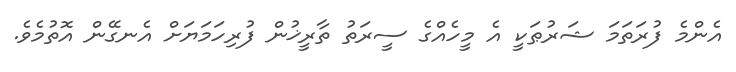
އެންމެ ފުރަތަމަ ޝަރުޠަކީ އެ މީހެއްގެ ސީރަތު ތާރީޚުން ފުރިހަމަޔަށް އެނގޭން އޮތުމެވެ.